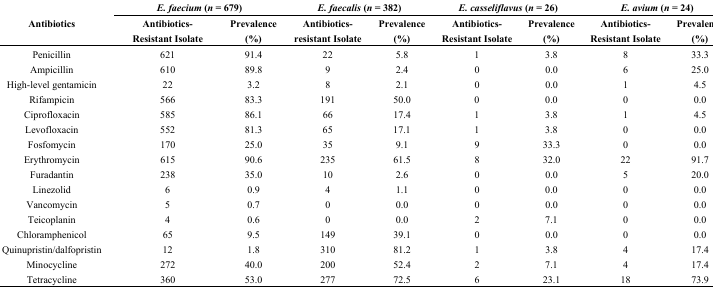
| <ROWSPAN=2> Antibiotics | <COLSPAN=2> E. faecium (n = 679) | <COLSPAN=2> E. faecalis (n = 382) | <COLSPAN=2> E. casseliflavus (n = 26) | <COLSPAN=2> E. avium (n = 24) |
 | Antibiotics-Resistant Isolate | Prevalence (%) | Antibiotics-resistant Isolate | Prevalence (%) | Antibiotics-Resistant Isolate | Prevalence (%) | Antibiotics-Resistant Isolate | Prevalence (%) |
 | --- | --- | --- | --- | --- | --- | --- | --- | --- |
 | Penicillin | 621 | 91.4 | 22 | 5.8 | 1 | 3.8 | 8 | 33.3 |
 | Ampicillin | 610 | 89.8 | 9 | 2.4 | 0 | 0.0 | 6 | 25.0 |
 | High-level gentamicin | 22 | 3.2 | 8 | 2.1 | 0 | 0.0 | 1 | 4.5 |
 | Rifampicin | 566 | 83.3 | 191 | 50.0 | 0 | 0.0 | 0 | 0.0 |
 | Ciprofloxacin | 585 | 86.1 | 66 | 17.4 | 1 | 3.8 | 1 | 4.5 |
 | Levofloxacin | 552 | 81.3 | 65 | 17.1 | 1 | 3.8 | 0 | 0.0 |
 | Fosfomycin | 170 | 25.0 | 35 | 9.1 | 9 | 33.3 | 0 | 0.0 |
 | Erythromycin | 615 | 90.6 | 235 | 61.5 | 8 | 32.0 | 22 | 91.7 |
 | Furadantin | 238 | 35.0 | 10 | 2.6 | 0 | 0.0 | 5 | 20.0 |
 | Linezolid | 6 | 0.9 | 4 | 1.1 | 0 | 0.0 | 0 | 0.0 |
 | Vancomycin | 5 | 0.7 | 0 | 0.0 | 0 | 0.0 | 0 | 0.0 |
 | Teicoplanin | 4 | 0.6 | 0 | 0.0 | 2 | 7.1 | 0 | 0.0 |
 | Chloramphenicol | 65 | 9.5 | 149 | 39.1 | 0 | 0.0 | 0 | 0.0 |
 | Quinupristin/dalfopristin | 12 | 1.8 | 310 | 81.2 | 1 | 3.8 | 4 | 17.4 |
 | Minocycline | 272 | 40.0 | 200 | 52.4 | 2 | 7.1 | 4 | 17.4 |
 | Tetracycline | 360 | 53.0 | 277 | 72.5 | 6 | 23.1 | 18 | 73.9 |